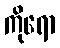
ကိုရော